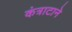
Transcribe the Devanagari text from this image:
कंत्राटाने